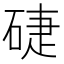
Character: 𥓐